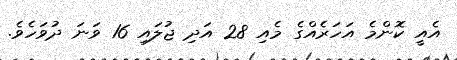
އެއީ ކޮންމެ އަހަރެއްގެ މެއި 28 އަދި ޖުލައި 16 ވަނަ ދުވަހެވެ.